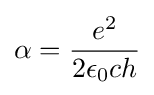
\alpha ={\frac {e^{2}}{2\epsilon _{0}ch}}